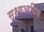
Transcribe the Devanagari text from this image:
सूक्ष्मआर्थिक